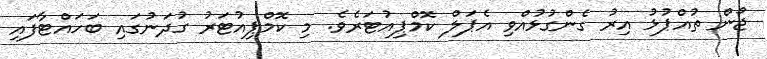
ޖޯން ތުއްޕުޅު އިރު ގެންގުޅުއްވި އެޕަލް ކޮމްޕިއުޓަރެވެ. މި ކޮމްޕިއުޓަރު ގުދަނުގައި ބަަހައްޓާފައި